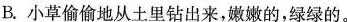
B.小草偷偷地从土里钻出来，嫩嫩的，绿绿的。